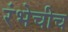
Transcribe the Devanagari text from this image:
रंभेचीच